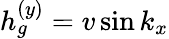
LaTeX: h_{g}^{(y)}=v\sin k_{x}